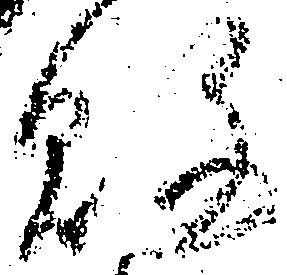
敗